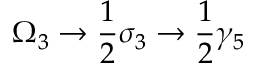
\Omega _ { 3 } \rightarrow \frac { 1 } { 2 } \sigma _ { 3 } \rightarrow \frac { 1 } { 2 } \gamma _ { 5 }